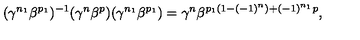
( \gamma ^ { n _ { 1 } } \beta ^ { p _ { 1 } } ) ^ { - 1 } ( \gamma ^ { n } \beta ^ { p } ) ( \gamma ^ { n _ { 1 } } \beta ^ { p _ { 1 } } ) = \gamma ^ { n } \beta ^ { p _ { 1 } ( 1 - ( - 1 ) ^ { n } ) + ( - 1 ) ^ { n _ { 1 } } p } ,